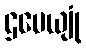
ဌပေယျုံ